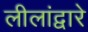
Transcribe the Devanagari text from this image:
लीलांद्वारे